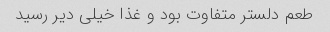
طعم دلستر متفاوت بود و غذا خیلی دیر رسید